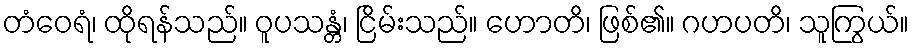
တံဝေရံ၊ ထိုရန်သည်။ ဝူပသန္တံ၊ ငြိမ်းသည်။ ဟောတိ၊ ဖြစ်၏။ ဂဟပတိ၊ သူကြွယ်။